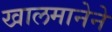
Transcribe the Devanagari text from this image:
खालमानेने